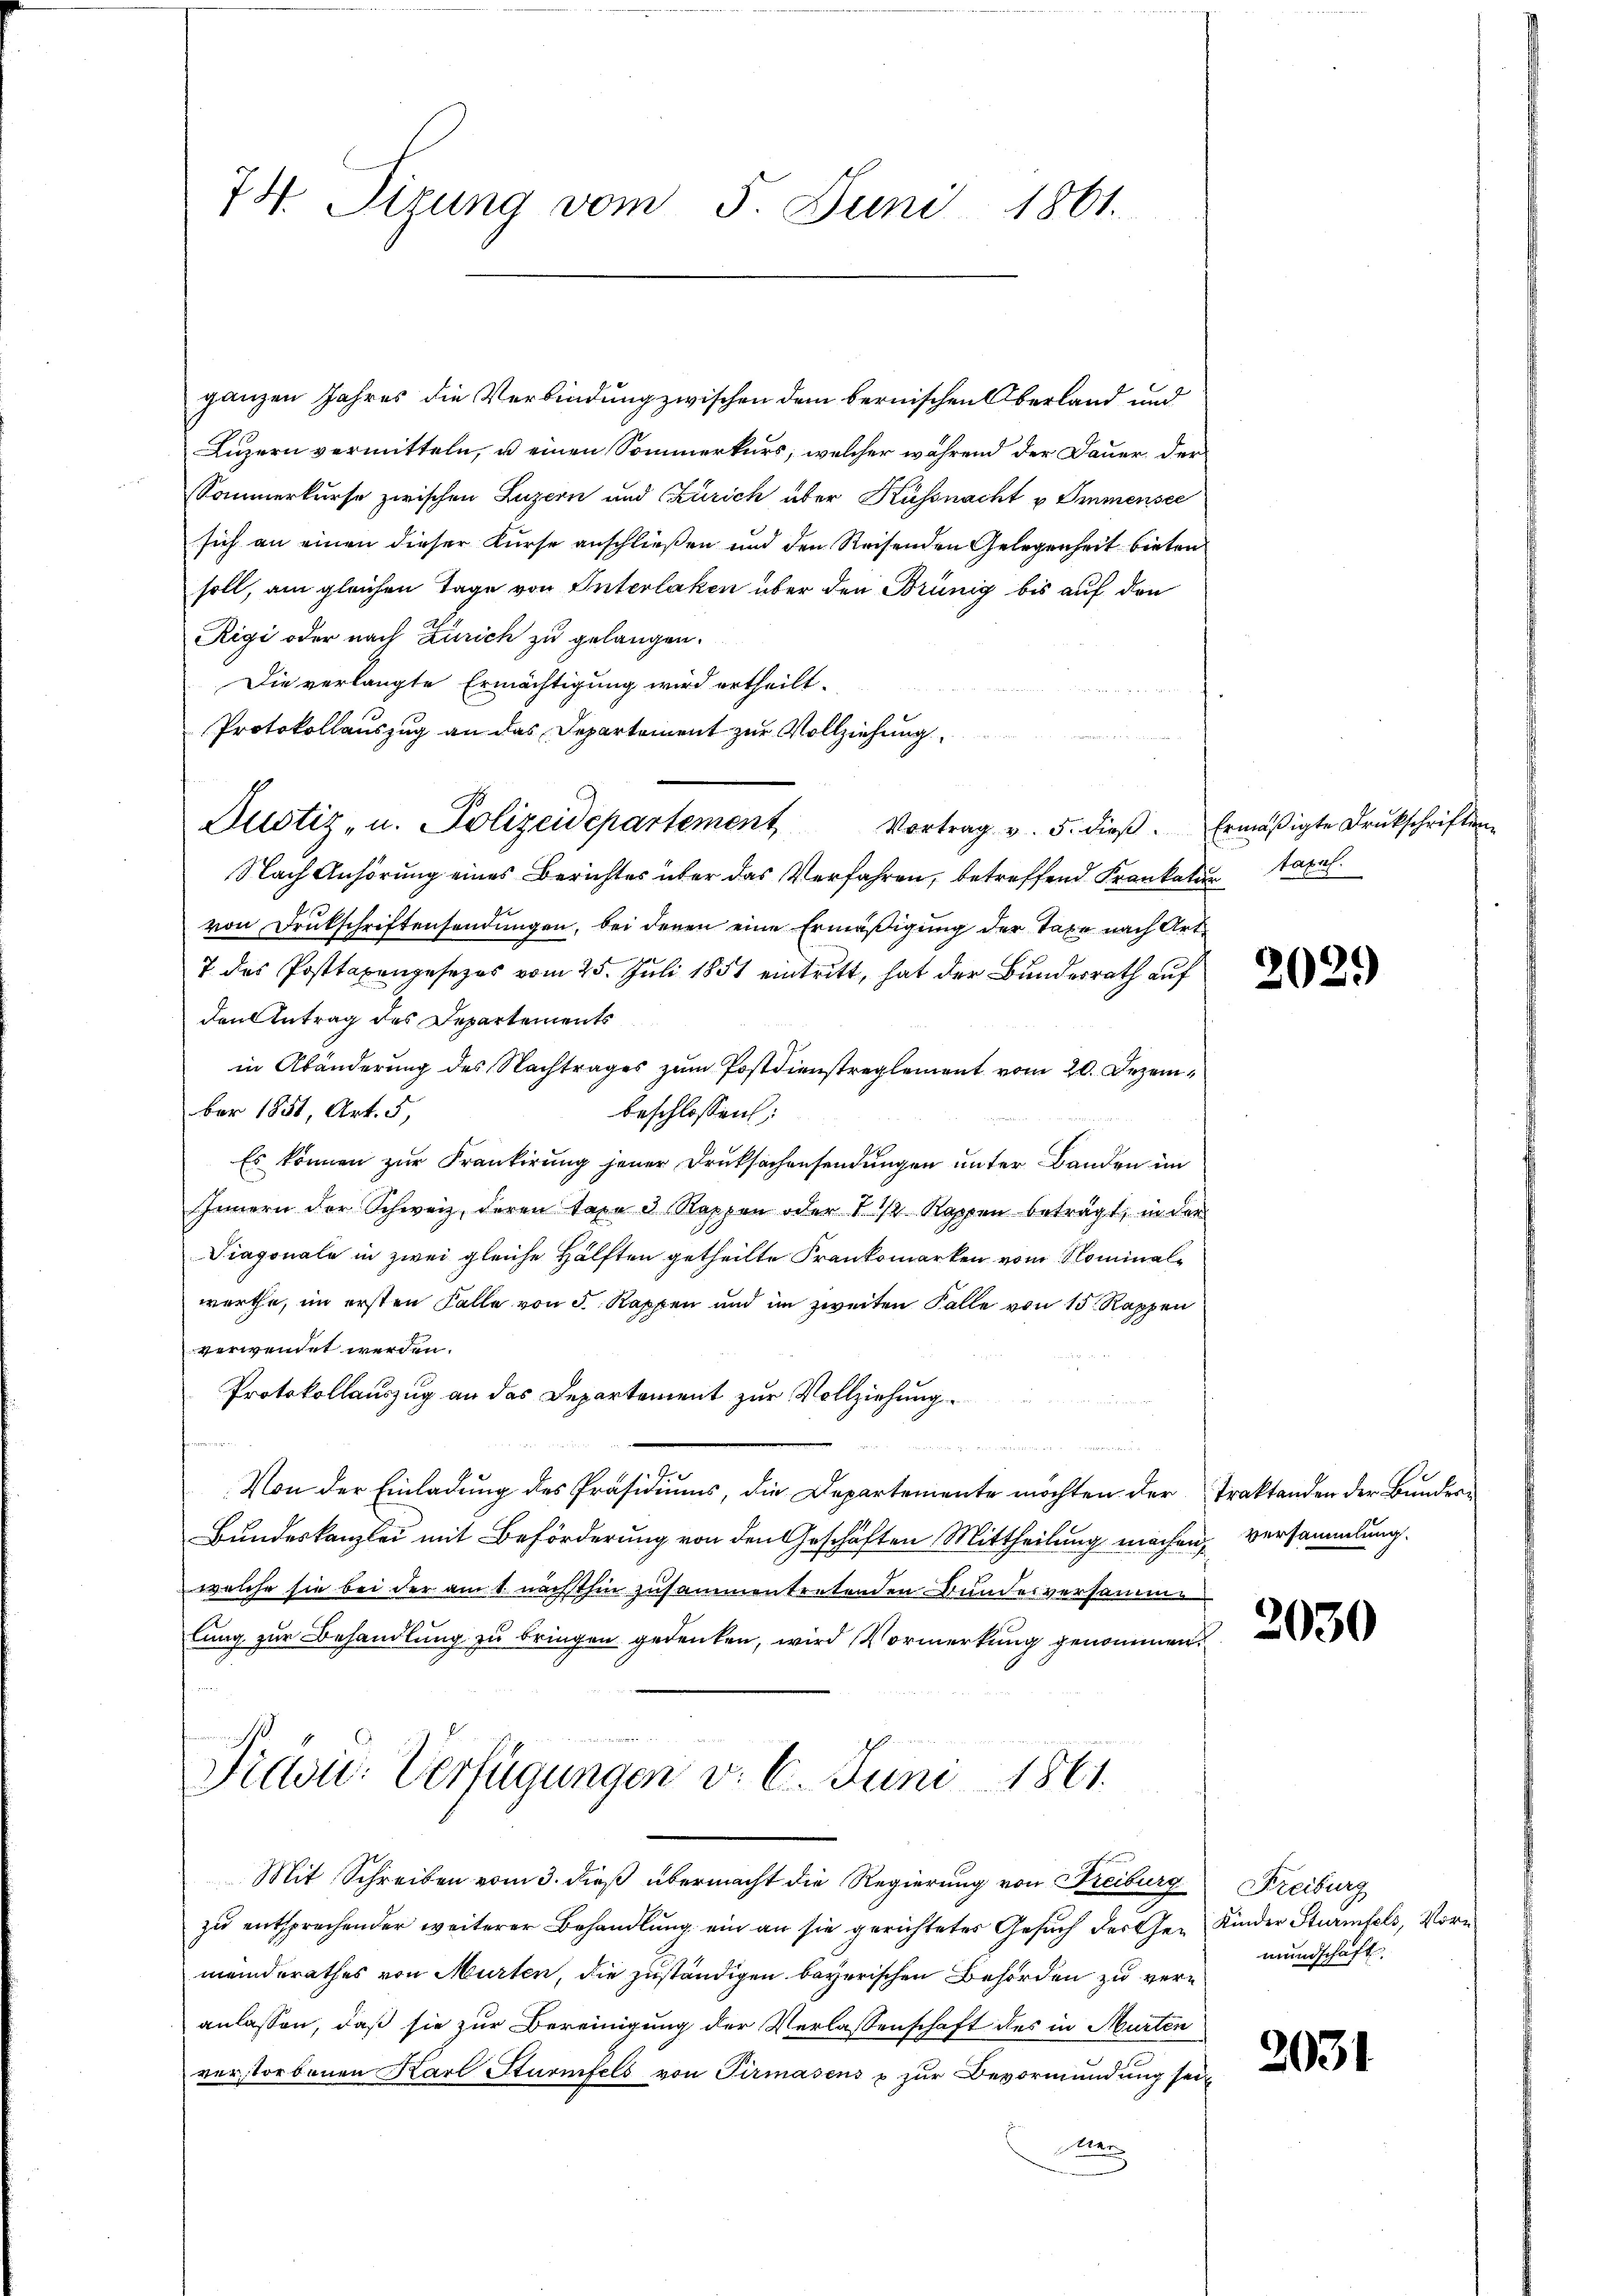
74. Sizung vom 5. Juni 1861.

ganzen Jahres die Verbindung zwischen dem bernischen Oberland und
Luzern vermitteln, u einen Sommerkurs, welcher während der Dauer der
Somnmerkurse zwischen Luzern und Zürich über Küssnacht u Immensee
sich an einen dieser Kurse anschließen und den Reisenden Gelegenheit bieten
soll, am gleichen Tage von Interlaken über den Brünig bis auf den
Rigi oder nach Zürich zu gelangen.
Die verlangte Ermächtigung wird ertheilt.
Protokollauszug an das Departement zur Vollziehung
Justiz- u. Polizeidepartement Vortrag v. 5. dieβ. Ermäßigte Drukschriften
Nach Anhörung eines Berichtes über das Verfahren, betreffend Frankatar Taxal
von Drukschriftensendungen, bei denen eine Ermäßigung der Taxe nach Art
7 des Posttaxengesezes vom 25. Juli 1851 eintritt, hat der Bundesrath auf
den Antrag des Departements
in Abänderung des Nachtrages zum Postdienstreglement vom 20. Dezember 1851, Art. 5,
beschlossen;
Es können zur Krankirŭng jener Druksachensendungen unter Banden im
Innern der Schweiz, deren Taxe d Rappen oder 1 1/2 Kappen beträgt, in der
Diagonale in zwei gleiche Hälften getheilte Frankomarken von Nominalwerthe, im ersten Falle von d. Kappen und im zweiten Falle von 15 Rappen
verwendet werden.
Protokollauszug an das Departement zur Vollziehung.

Von der Einladung des Präsidiums, die Departemente möchten der Traktanden der Bunder¬
Bundeskanzlei mit Beförderung von den Geschäften Mittheilung machen, versammlung.
welche sie bei der am 1. nächsthin zusammentretenden Bundesversamme
lung zur Behandlung zu bringen gedenken, wird Vormerkung genommen.
Présic: Verfügungen v. 6. Juni 1861.
Mit Schreiben vom 3. dieß übermacht die Regierung von Freiburg Freiburg
zu entsprechender weiterer Behandlung ein an sie gerichtetes Gesuch der Ge- Kinder Sturmfels, Vormeinderathes von Murten, die zuständigen bayerischen Behörden zu veranlassen, daß sie zur Bereinigung der Verlassenschaft des in Murten
verstorbenen Karl Sturmfels von Pirmasens u zŭr Bevormundung sein
Wer

2029)

2030

mundschaft

2031